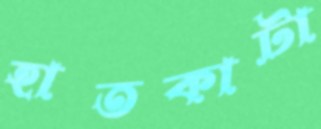
হাতকাটা